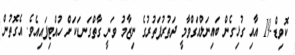
ކޮވިޑް-19 އާއި ގުޅިގެން ބައިނަލްއަގްވާމީ ދަތުރުފަތުރުގެ ނިޒާމު ވަނީ ގާތްގަނޑަކަށް ހުއްޓިފައިއެވެ. އެގޮތުން